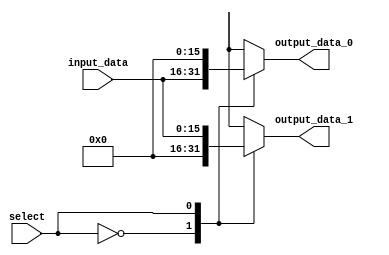
`timescale 1ns / 1ps
//////////////////////////////////////////////////////////////////////////////////
// Company: 
// Engineer: 
// 
// Design Name: 
// Module Name: demux2
// Project Name: 
// Target Devices: 
// Tool Versions: 
// Description: 
// 
// Dependencies: 
// 
// Revision:
// Revision 0.01 - File Created
// Additional Comments:
// 
//////////////////////////////////////////////////////////////////////////////////


module demux2 #(parameter W = 16) (
    input [W-1:0] input_data,
    input select,
    output reg[W-1:0] output_data_0,
    output reg[W-1:0] output_data_1);
    
    always @(*) begin
        case(select)
            1'b0 : begin
                output_data_0 = input_data;
                output_data_1 = 16'b0;
            end
            1'b1 : begin
                output_data_0 = 16'b0;
                output_data_1 = input_data;
            end
        endcase
    end
endmodule